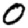
Digit: 0